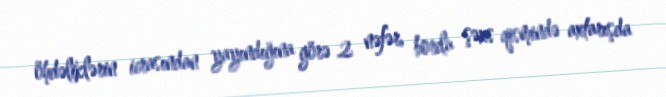
öhdəliklərin icrasından yayındığına görə 2 nəfər, borclu şəxs qismində axtarışda